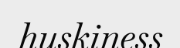
huskiness